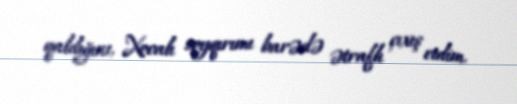
qaldığını, Xocalı soyqırımı barədə ətraflı çıxış etdim.